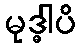
မုဒ္ဓါပိ